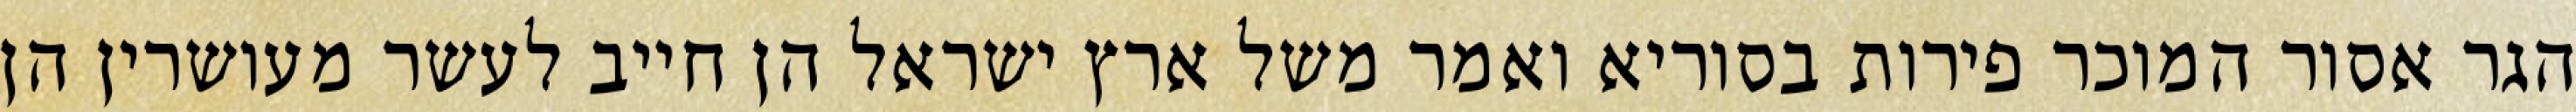
הגר אסור המוכר פירות בסוריא ואמר משל ארץ ישראל הן חייב לעשר מעושרין הן